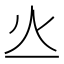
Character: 𤆂